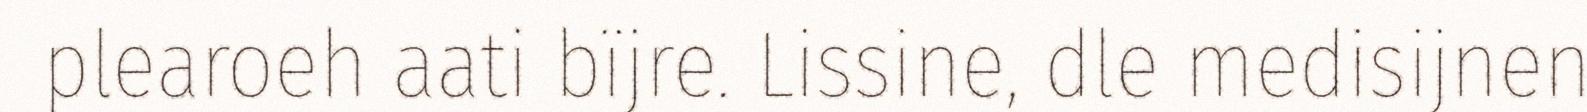
plearoeh aati bïjre. Lissine, dle medisijnen